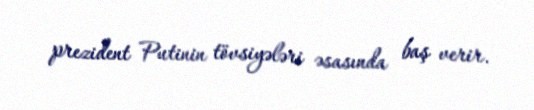
prezident Putinin tövsiyələri əsasında baş verir.